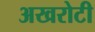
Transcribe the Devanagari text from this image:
अखरोटी